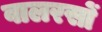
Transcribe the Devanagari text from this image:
वालरसों